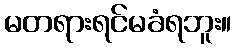
မတရားရင်မခံရဘူး။